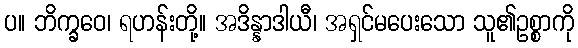
ပ။ ဘိက္ခဝေ၊ ရဟန်းတို့။ အဒိန္နာဒါယီ၊ အရှင်မပေးသော သူ၏ဥစ္စာကို